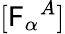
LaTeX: [\mathsf{F}_{\alpha}{}^{A}]